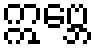
ဣဗ္ဘေ